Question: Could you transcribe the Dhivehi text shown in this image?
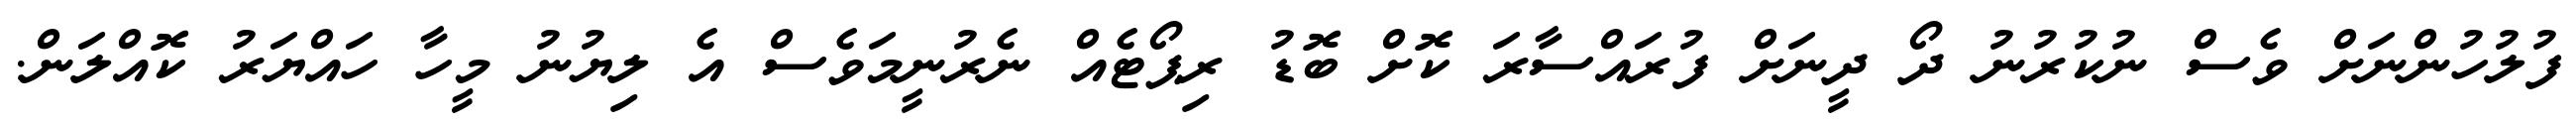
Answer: ފުލުހުންނަށް ވެސް ނުކުރުނު ދޯ ދީނަށް ފުރައްސާރަ ކޮށް ބޮޑު ރިޕޯޓެއް ނެރުނީމަވެސް އެ ލިޔުނު މީހާ ހައްޔަރު ކޮއްލަން.